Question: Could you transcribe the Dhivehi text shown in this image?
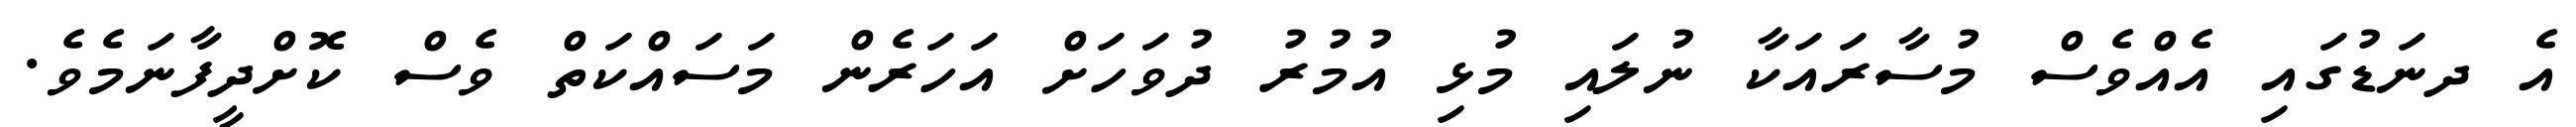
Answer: އެ ދނަޑުގައި އެއްވެސް މުސާރައަކާ ނުލައި މުޅި އުމުރު ދުވަހަށް އަހަރެން މަސައްކަތް ވެސް ކޮށްދީފާނަމެވެ.